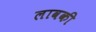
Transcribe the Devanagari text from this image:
लावकी